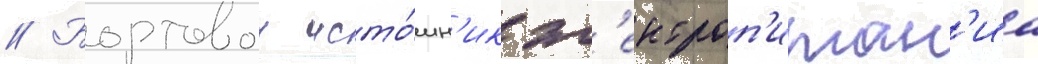
// Бортовои исто́чн'ик эл'ектроп'итан'иа